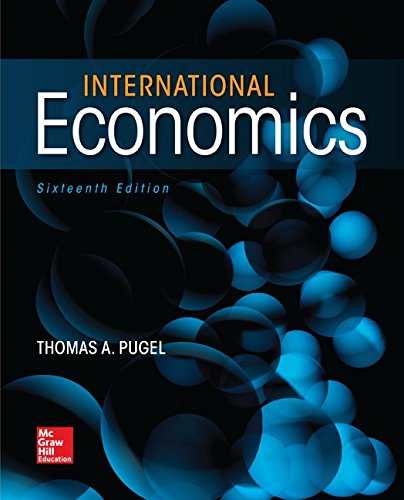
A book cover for International Economics (Mcgraw-Hill Series in Economics); Thomas Pugel; Business & Money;